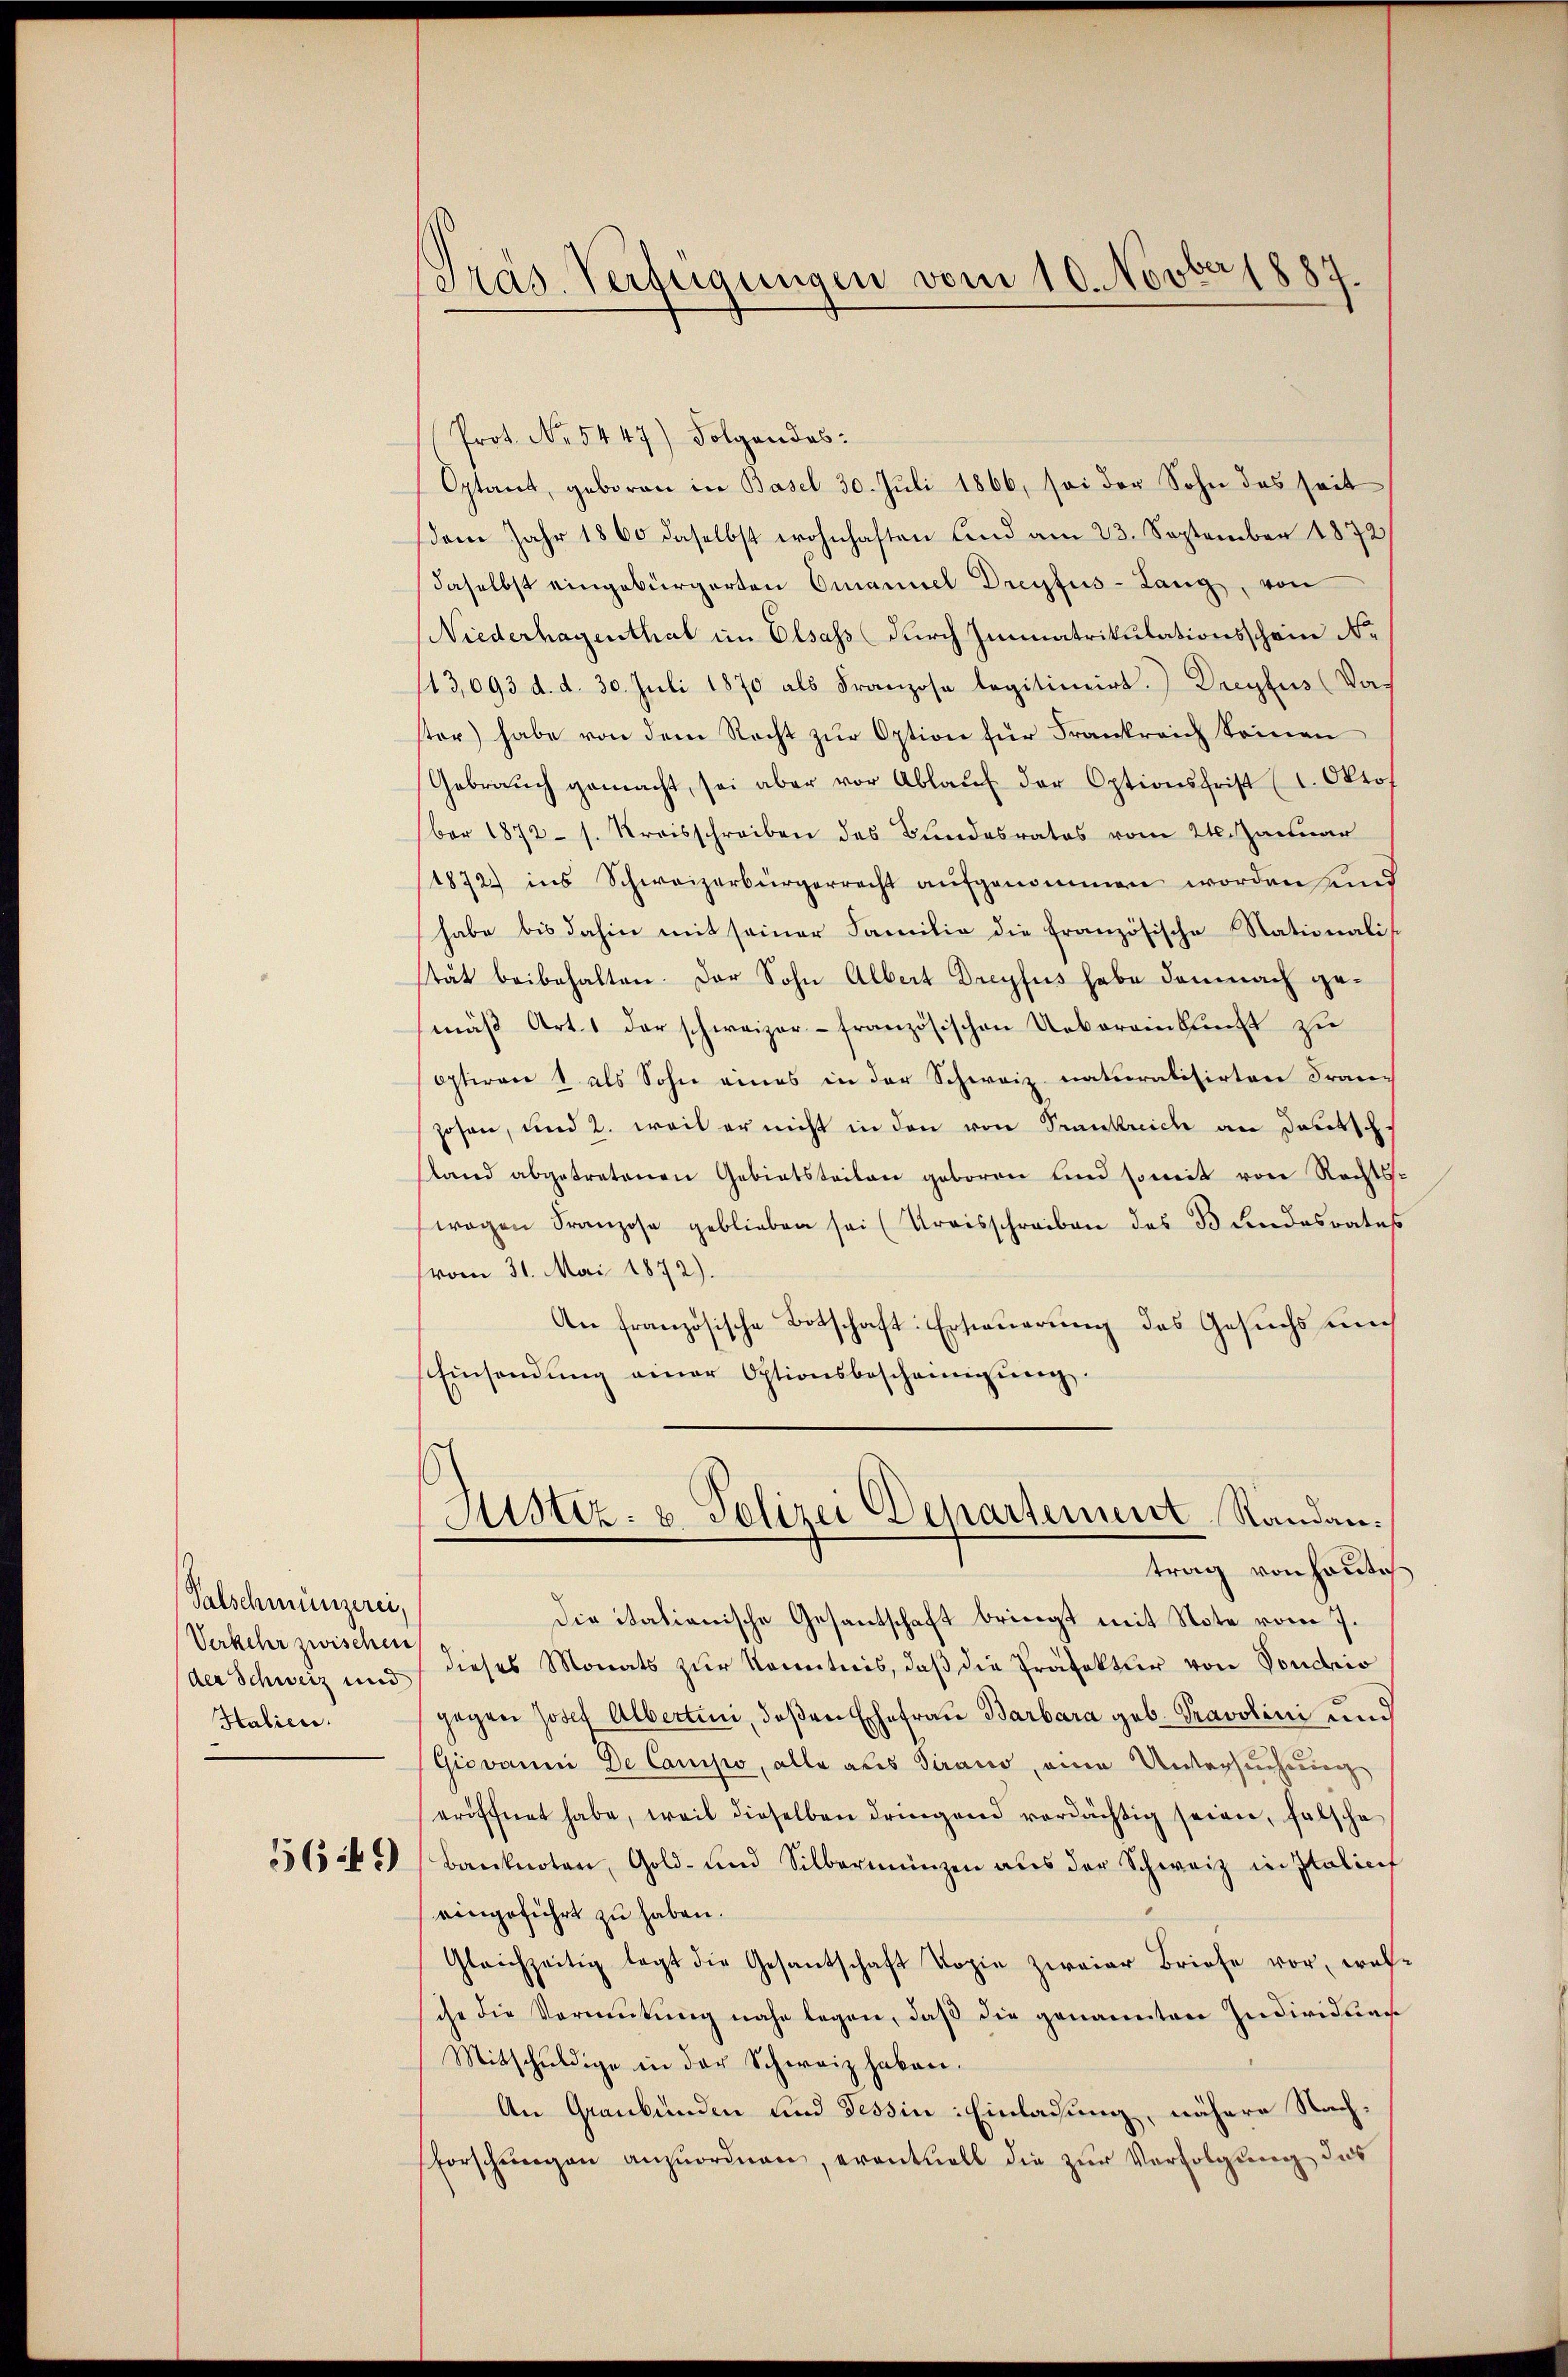
Valschmünzerei,
der Schweiz und
Htalien.

56:49

Pras Verfügungen vom 10. Novber 1889

Prot. No. 5447) Folgendes:
Optant, geboren in Basel 30. Juli 1866, sei der Sohn des seit
dem Jahr 1860 daselbst wohnhaften sind am 23. September 1872
daselbst eingebürgerten Emanuel Dreyfus-Lang, von
Niederhagenthal im Elsass durch Immatrikulationsschein Ne
113,093 d. d. 30. Juli 1870 als Franzose legitimirt.) Dreyfus (das
ster) habe von dem Recht zur Option für Frankreich seinen
Gebraŭch gemacht, sei aber vor Ablaŭf der Optionsfrist (1. Okto
ber 1872 s. Kreisschreiben des Bundesrates vom 21. Januar
1872 ins Schweizerbürgerrecht aufgenommen worden sind
habe bis dahin mit seiner Familie die französische Nationalistät beibehalten. Der Sohn Albert Dreyfus habe demnach gemäß Art. 1 der schweizer- französischen Uebereinkunft zu
Optiren & als Sohn eines in der Schweiz. naturalisirten Fran-
zosen, und 2. weil er nicht in den von Trankreich an Deutsch
stand abgetretenen Gebietsteilen geboren und somit von Rechts-
wagen Franzose geblieben sei (Kreisschreiben des Bundesrates
(vom 31. Mai 1872).
An französische Botschaft: Ersteuerung des Gesuchs un
Einsendŭng einer Optionsbescheinigŭng.
Justiz- u. Polizei Departement Randantrag von heute
die itationische Gesantschaft bringt mit Note vom 7.
Verkehr zwischen dieses Monats zur Kenntnis, daß die Präfektur von Vondrio
gegen Josef Albertini, deßen Ehefrau Barbara geb. Pravolini und
Giovanni De Camisio, alle als Tirano, eine Untersuchung
eröffnet habe, weil dieselben dringend verdächtig seien, falsche
Banknoten, Gold- und Silbermünzen aŭs der Schweiz in Italici
eingeführt zu haben.
Gleichzeitig legt die Gesantschaft Kopie zweier Briefe vor, wel-
ihr die Vormŭtŭng nahe legen, daβ die genannten Individuan
Mitschuldige in der Schweiz haben.
An Graubünden und Tessin: Einlassung, nähere Nachforschŭngen anzuordnen, eventuell die zur Verfolgung des